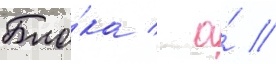
Бло́ка / а́ //